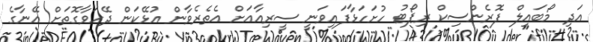
އަދި މޯބައިލް ފޮރެންސިކް ރިޕޯޓު ހުށަހަޅާފައިވަނީ ސީރިއާއަށް އެތެރެވާން އުޅޭކަން ދޭހަވާގޮތަށް އޭނާގެ